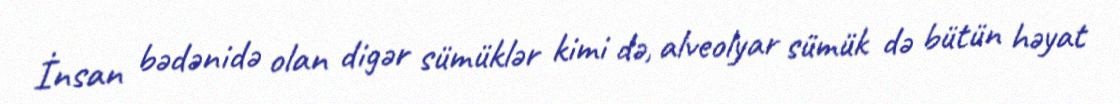
İnsan bədənidə olan digər sümüklər kimi də, alveolyar sümük də bütün həyat